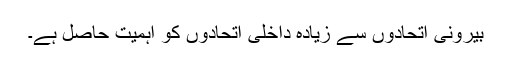
بیرونی اتحادوں سے زیادہ داخلی اتحادوں کو اہمیت حاصل ہے۔